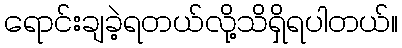
ရောင်းချခဲ့ရတယ်လို့သိရှိရပါတယ်။